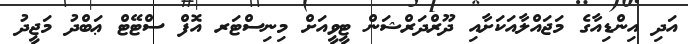
އަދި އިންޑިއާގެ މަޖައްލާއަކަށާއި ދޫރްދަރްޝަން ޓީވީއަށް މިނިސްޓަރ އޮފް ސްޓޭޓް ޢަބްދު މަޖީދު